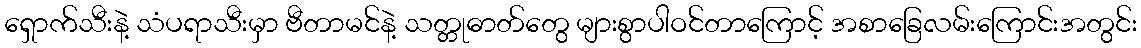
ရှောက်သီးနဲ့ သံပရာသီးမှာ ဗီတာမင်နဲ့ သတ္တုဓာတ်တွေ များစွာပါဝင်တာကြောင့် အစာခြေလမ်းကြောင်းအတွင်း